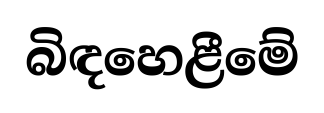
බිඳහෙළීමේ